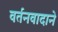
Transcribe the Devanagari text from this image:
वर्तनवादाने